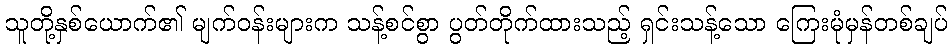
သူတို့နှစ်ယောက်၏ မျက်ဝန်းများက သန့်စင်စွာ ပွတ်တိုက်ထားသည့် ရှင်းသန့်သော ကြေးမုံမှန်တစ်ချပ်